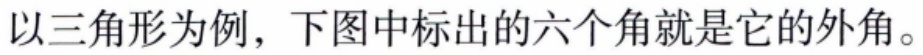
以三角形为例，下图中标出的六个角就是它的外角。